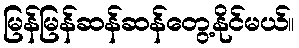
မြန်မြန်ဆန်ဆန်တွေ့နိုင်မယ်။